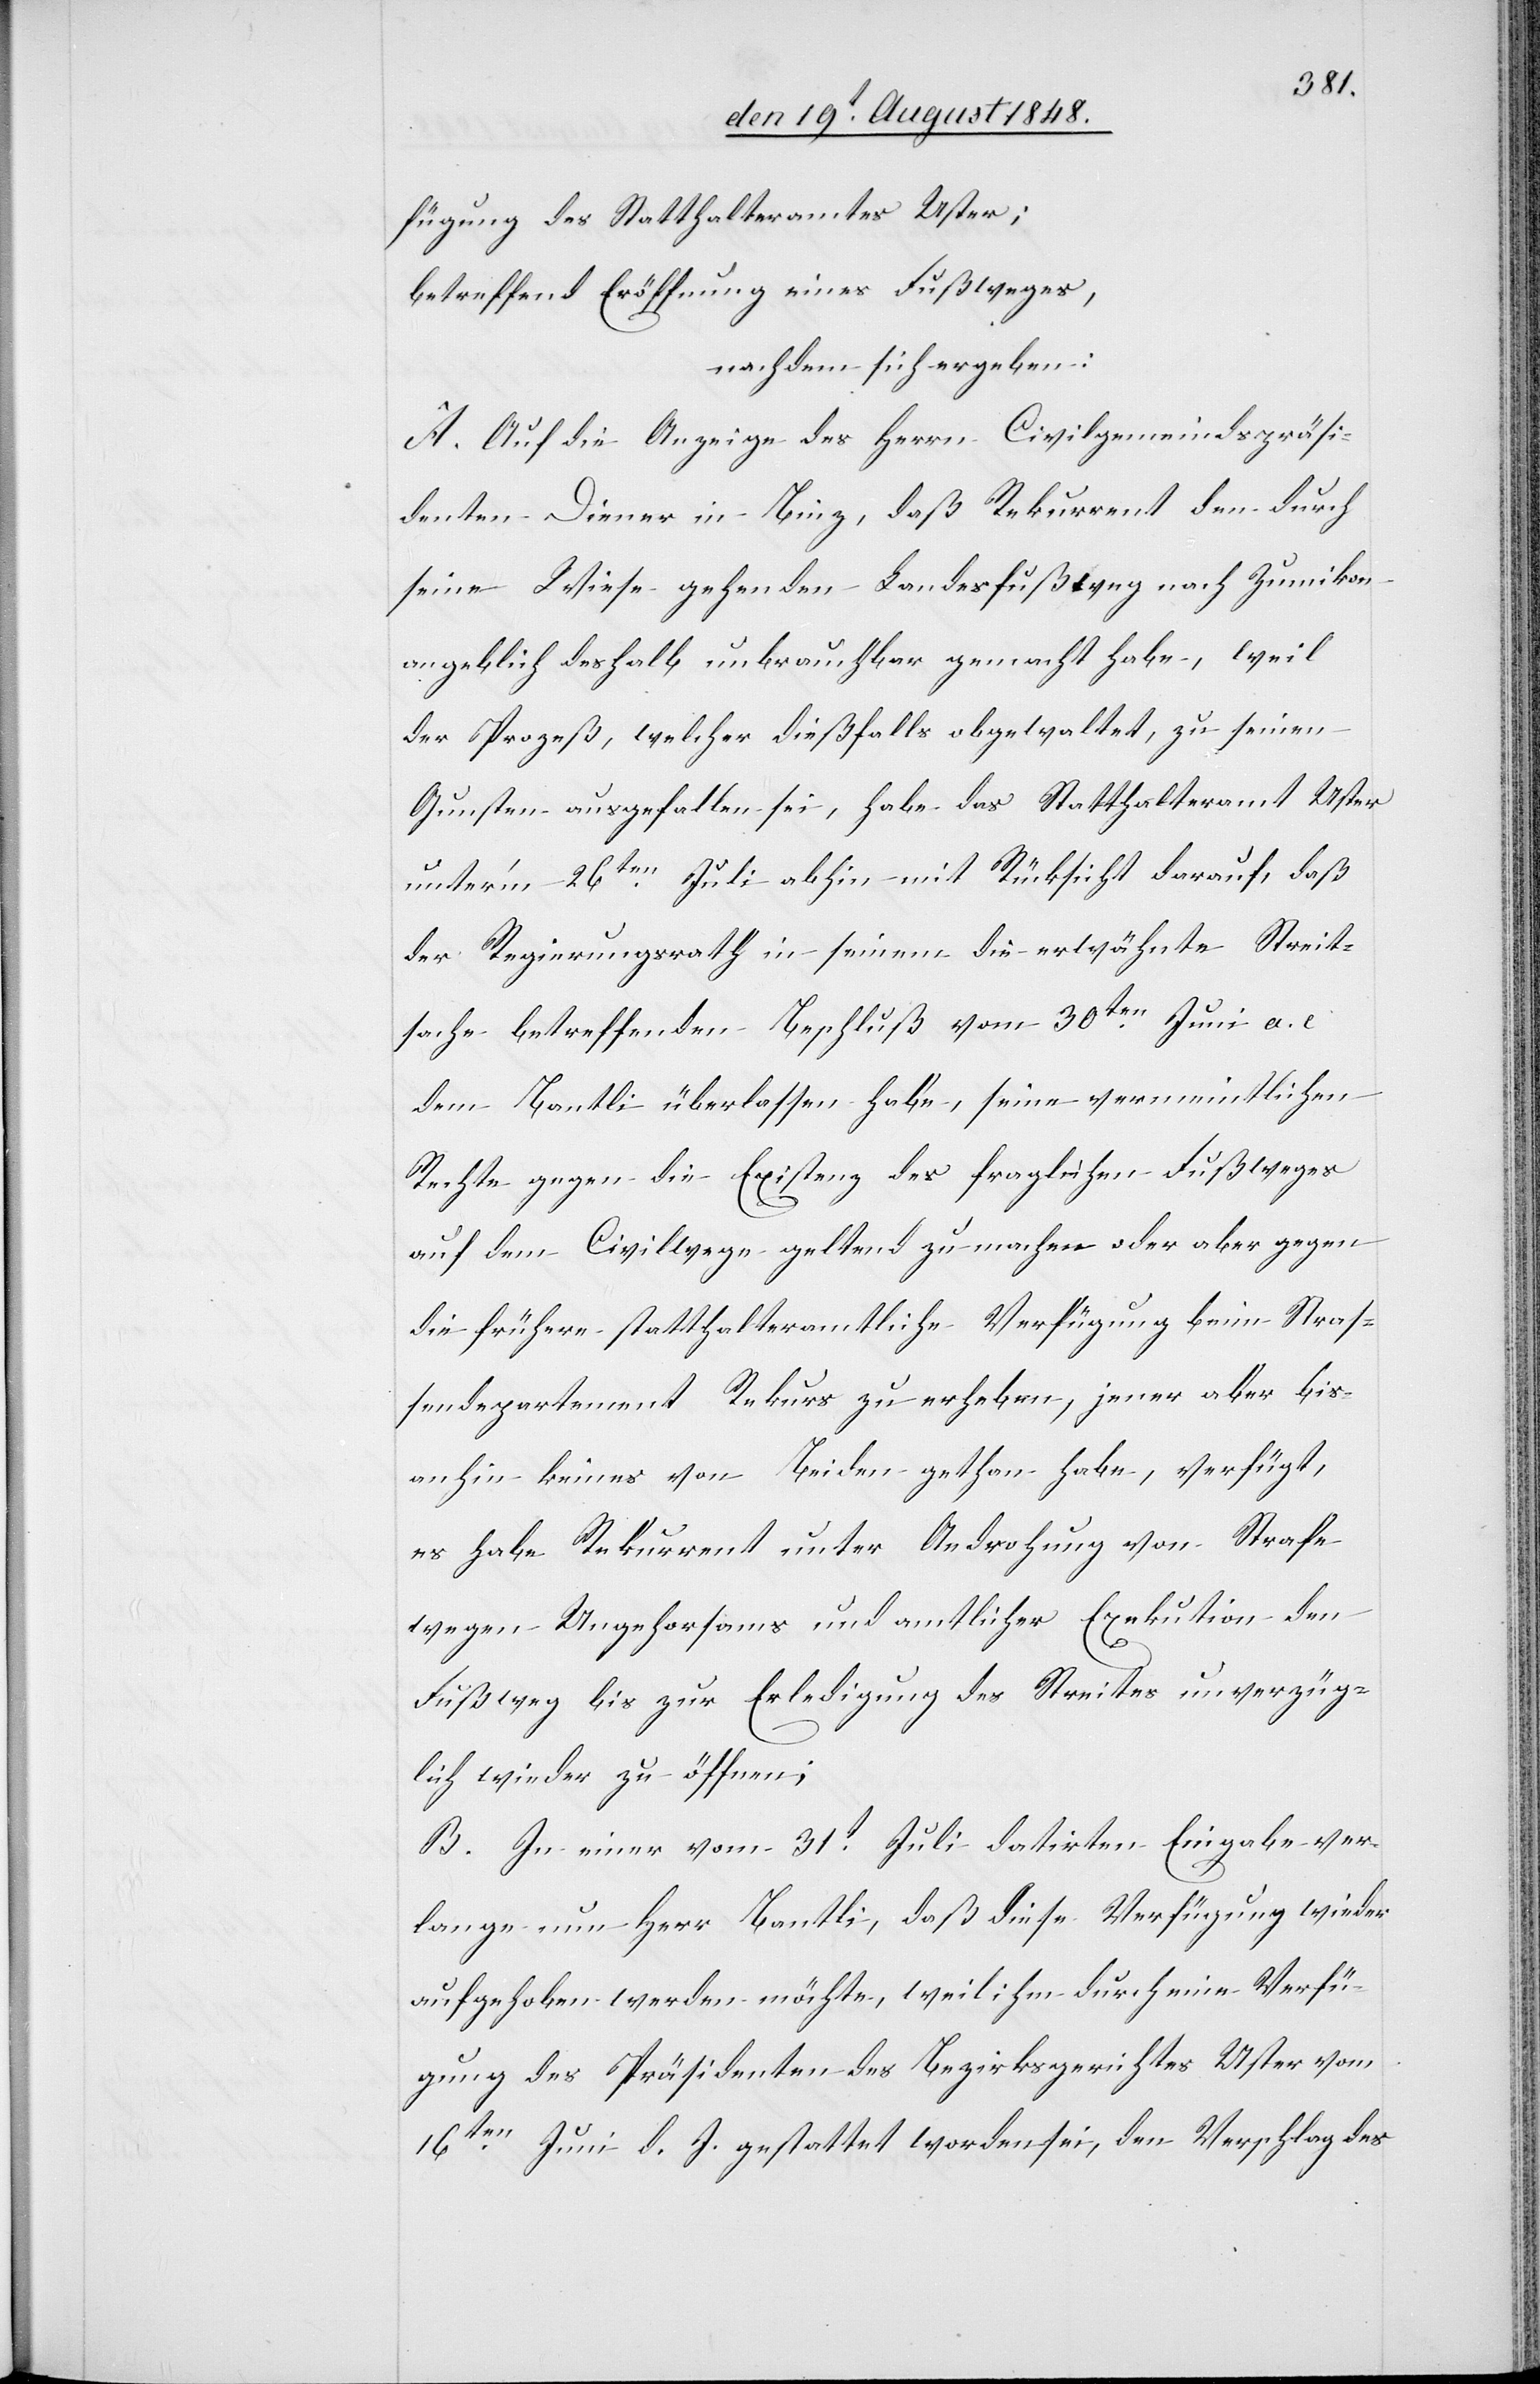
fügung des Statthalteramtes Uster;
betreffend Eröffnung eines Fußweges,
nachdem sich ergeben:
A. Auf die Anzeige des Herrn Civilgemeindspräsi¬
denten Diener in Binz, daß Rekurrent den durch
seine Wiese gehenden Landesfußweg nach Zumikon
angeblich deshalb unbrauchbar gemacht habe, weil
der Prozeß, welcher dießfalls obgewaltet, zu seinen
Gunsten ausgefallen sei, habe das Statthalteramt Uster
unter’m 26ten Juli abhin mit Rücksicht darauf, daß
der Regierungsrath in seinem die erwähnte Streit¬
sache betreffenden Beschluß vom 30ten Juni a. c.
dem Bantli überlassen habe, seine vermeintlichen
Rechte gegen die Existenz des fraglichen Fußweges
auf dem Civilweg geltend zu machen oder aber gegen
die frühere statthalteramtliche Verfügung beim Straß¬
endepartement Rekurs zu erheben, jener aber bis¬
anhin keines von Beiden gethan habe, verfügt,
es habe Rekurrent unter Androhung von Strafe
wegen Ungehorsams und amtlicher Exekution den
Fußweg bis zur Erledigung des Streites unverzüg¬
lich wieder zu öffnen;
B. In einer vom 31t Juli datirten Eingabe ver¬
lange nun Herr Bantli, daß diese Verfügung wieder
aufgehoben werden möchte, weil ihm durch eine Verfü¬
gung des Präsidenten des Bezirksgerichtes Uster vom
16ten Juni d. J. gestattet worden sei, den Verschlag des